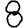
Digit: 8